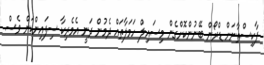
ޕާކިސްތާނަށް ޑްރޯން ބޭނުންކޮށްގެން މިސައިލް ހަމަލާތައް ދެމުން ދަނީ އެމެރިކާ ސިފައިންކަން ވެސް